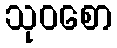
သုဝစော